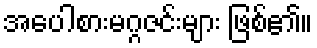
အပေါစားမဂ္ဂဇင်းများ ဖြစ်၏။